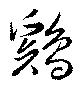
鶏